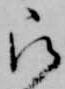
被